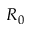
R _ { 0 }